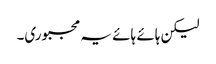
لیکن ہائے ہائے یہ مجبوری۔